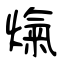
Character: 熂